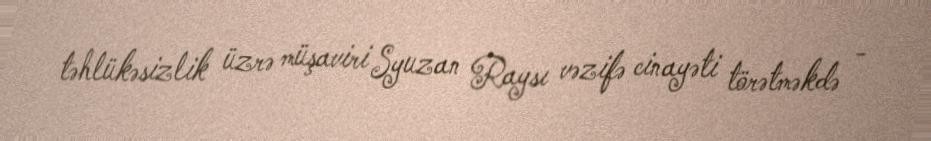
təhlükəsizlik üzrə müşaviri Syuzan Raysı vəzifə cinayəti törətməkdə -